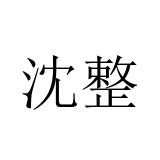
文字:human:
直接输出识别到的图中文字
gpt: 沈整